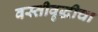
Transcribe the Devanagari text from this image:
वस्तीवृद्धीचा